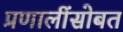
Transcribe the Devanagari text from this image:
प्रणालींसोबत